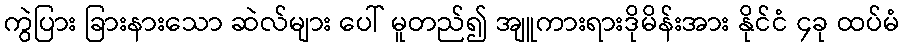
ကွဲပြား ခြားနားသော ဆဲလ်များ ပေါ် မူတည်၍ အျူကားရားဒိုမိန်းအား နိုင်ငံ ၄ခု ထပ်မံ